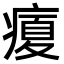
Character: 𤹉